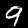
Digit: 9